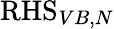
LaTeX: \mathrm{RHS}_{VB,N}